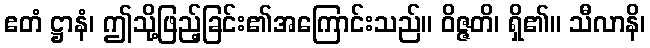
ဧတံ ဋ္ဌာနံ၊ ဤသို့ဖြည့်ခြင်း၏အကြောင်းသည်။ ဝိဇ္ဇတိ၊ ရှိ၏။ သီလာနိ၊